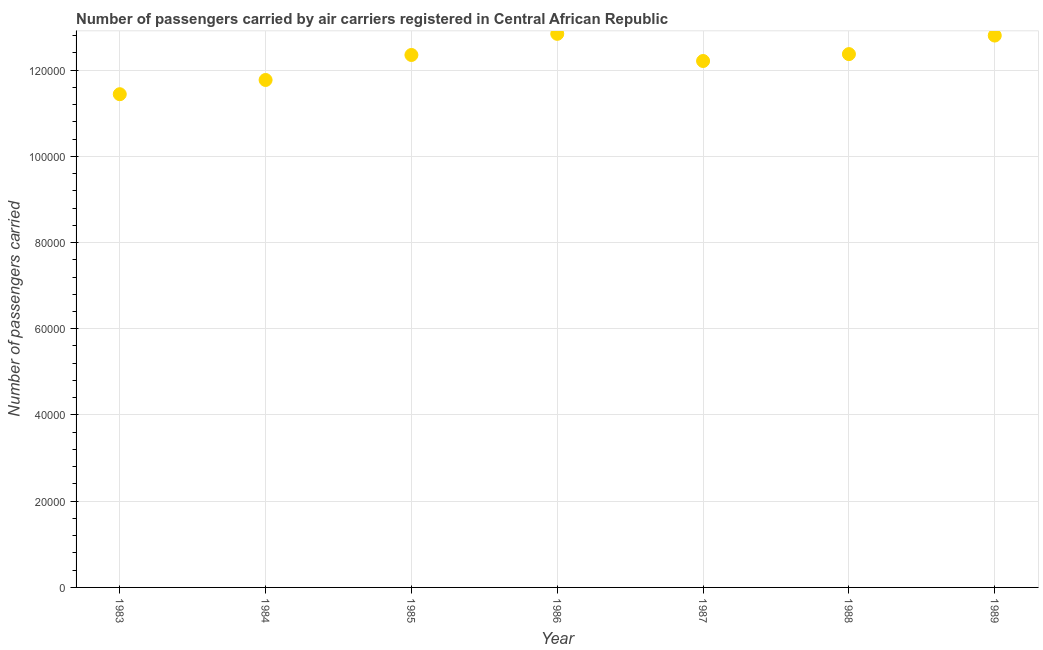
| Year | Air transport |
 | --- | --- |
 | 1983 | 1.14e+05 |
 | 1984 | 1.18e+05 |
 | 1985 | 1.24e+05 |
 | 1986 | 1.28e+05 |
 | 1987 | 1.22e+05 |
 | 1988 | 1.24e+05 |
 | 1989 | 1.28e+05 |